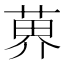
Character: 𫈨